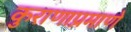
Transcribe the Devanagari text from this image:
कुराणाप्रमाणे